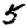
Digit: 5